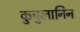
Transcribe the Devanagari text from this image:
कुचुलानिन